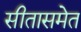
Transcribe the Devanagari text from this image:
सीतासमेत